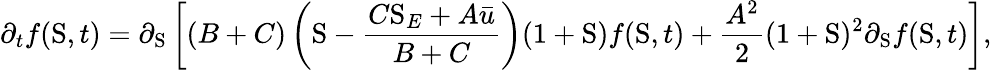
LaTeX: \partial_{t}f(\mathrm{S},t)=\partial_{\mathrm{S}}\left[(B+C)\left(\mathrm{S}-\frac{C\mathrm{S}_{E}+A\bar{u}}{B+C}\right)(1+\mathrm{S})f(\mathrm{S},t)+\frac{A^{2}}{2}(1+\mathrm{S})^{2}\partial_{\mathrm{S}}f(\mathrm{S},t)\right],